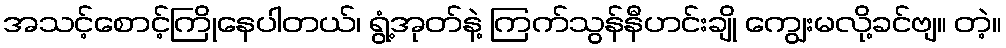
အသင့်စောင့်ကြိုနေပါတယ်၊ ရွံ့အုတ်နဲ့ ကြက်သွန်နီဟင်းချို ကျွေးမလို့ခင်ဗျ။ တဲ့။